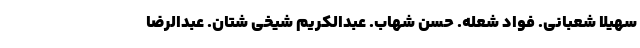
سهیلا شعبانی. فواد شعله. حسن شهاب. عبدالکریم شیخی شتان. عبدالرضا